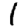
Digit: 1